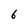
Character: 6